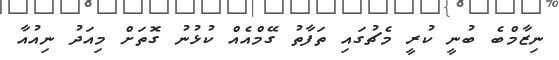
ނިޒާމްބެ ބުނީ ކުރީ މެޗުގައި ތަފާތު ގޭމްއެއް ކުޅުނު ގޮތަށް މިއަދު ނިއުއާ